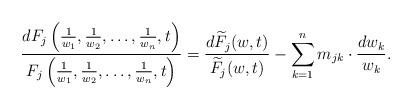
LaTeX: \begin{align*}\frac{dF_j\left(\frac 1{w_1},\frac 1{w_2},\ldots,\frac 1{w_n}, t\right)}{F_j\left(\frac 1{w_1},\frac 1{w_2},\ldots,\frac 1{w_n},t\right)}=\frac{d{\widetilde F_j}(w,t)}{{\widetilde F_j}(w,t)}-\sum_{k=1}^n m_{jk}\cdot\frac{dw_k}{w_k}.\end{align*}